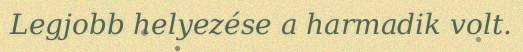
Legjobb helyezése a harmadik volt.